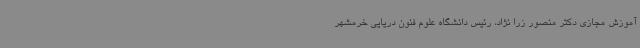
آموزش مجازی دکتر منصور زرا نژاد، رئیس دانشگاه علوم فنون دریایی خرمشهر